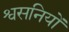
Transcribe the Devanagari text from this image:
श्वसनियों